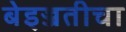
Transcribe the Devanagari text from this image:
बेइज्जतीचा